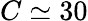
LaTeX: C\simeq 30